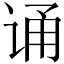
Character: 诵